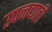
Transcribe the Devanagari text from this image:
उपनद्याही